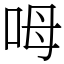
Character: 呣